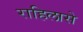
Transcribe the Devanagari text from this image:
राहिलासे